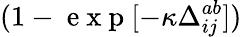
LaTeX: (1-\mathrm{~e~x~p~}[-\kappa\Delta_{ij}^{ab}])